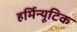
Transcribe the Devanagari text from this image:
हर्मिन्यूटिक